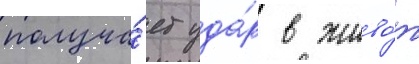
получа́ет уда́р в живо́т